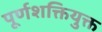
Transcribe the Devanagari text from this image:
पूर्णशक्तियुक्त